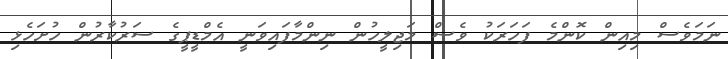
ނަމަވެސް މިއިން ކޮންމެ ފަހަރަކު ވެސް މަޖިލީހުން ނިންމާފައިވަނީ އެމްޑީޕީގެ ސަރުކާރުން ހުށަހެޅި